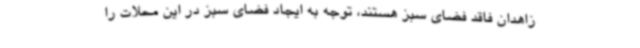
زاهدان فاقد فضای سبز هستند، توجه به ایجاد فضای سبز در این محلات را